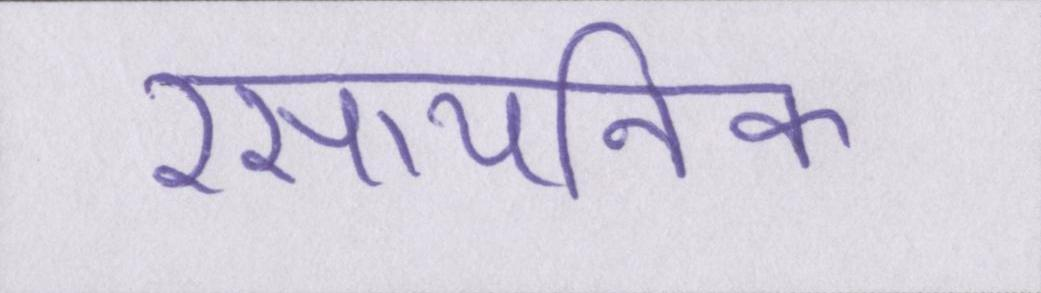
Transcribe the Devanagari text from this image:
रसायनिक